Civil Veterinary Department. Central Provinces & Berar 1932-41 - 1932-1941
Year: 1932
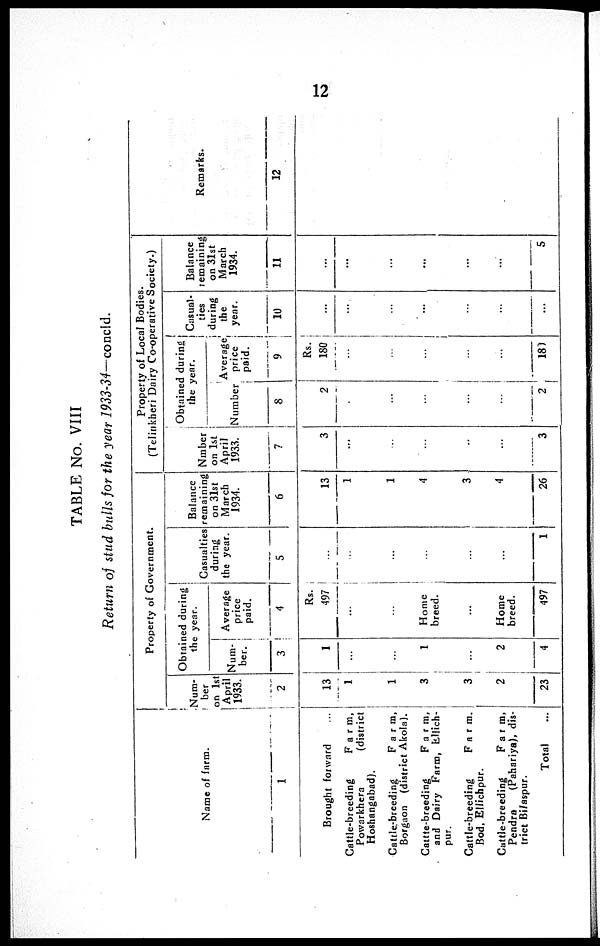
12
TABLE No. VIII
Return of stud bulls for the year 1933-34—concld.
Name of farm.
1
Brought forward ...
Cattle-breeding
Farm,
Powarkhera
(district
Hoshangabad).
Cattle-breeding
Farm,
Borgaon (district Akola).
Cattte-breeding
Farm,
and Dairy Farm, Ellich-
pur.
Cattle-breeding
Farm,
Bod, Ellichpur.
Cattle-breeding
Farm,
Pendra
(Pahariya), dis-
trict Bilaspur.
Total ...
Property of Government.
Num-
ber
on 1st
April
1933.
2
13
1
1
3
3
2
23
Obtained during
the year.
Num-
ber.
3
1
...
...
1
...
2
4
Average
price
paid.
4
Rs.
497
...
...
Home
breed.
...
Home
breed.
497
Casualties
during
the year.
5
...
...
...
...
...
...
1
Balance
remaining
on 31st
March
1934.
6
13
1
1
4
3
4
26
Properly of Local Bodies.
(Telinkheri Dairy Co-operative Society.)
Nmber
on 1st
April
1933.
7
3
...
...
...
...
...
3
Obtained during
the year.
Number
8
2
...
...
...
...
...
2
Average
price
paid.
9
Rs.
180
...
...
...
...
...
180
Casual-
ties
during
the
year.
10
...
...
...
...
...
...
...
Balance
remaining
on 31st
March
1934.
11
...
...
...
...
...
...
5
Remarks.
12